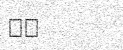
٤٥